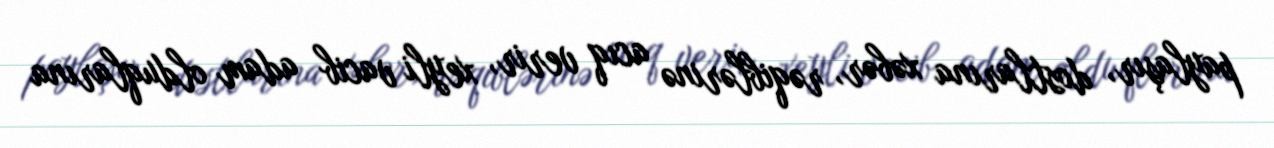
paylaşır, dostlarına xəbər, rəqiblərinə acıq verir, xeyli vacib adam olduqlarına